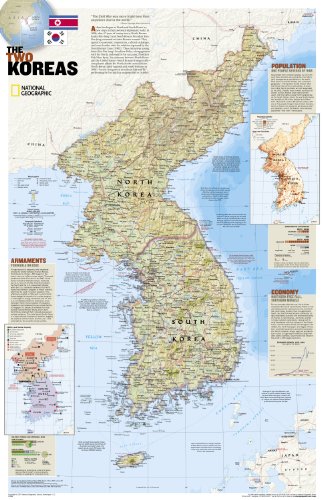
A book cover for North Korea, South Korea, The Forgotten War: 2 sided [Tubed] (National Geographic Reference Map); National Geographic Maps - Reference; Travel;